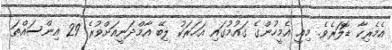
އެމެރިކާ ޑޮލަރެވެ. މިއީ އެމީހުންގެ ގައުމުގައި އަހަރަކު ލިބޭ އާމްދަނީއަށްވުރެ 29 އިންސައްތަ